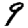
Digit: 9